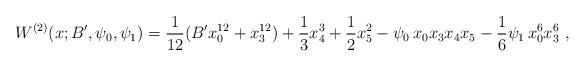
LaTeX: \begin{align*}W^{(2)}(x;B', \psi_0, \psi_1) = \frac{1}{12}(B' x_0^{12} + x_3^{12})+\frac{1}{3} x_4^3 +\frac{1}{2} x_5^2-\psi_0 \, x_0 x_3 x_4 x_5 - \frac{1}{6} \psi_1 \,x_0^6 x_3^6\ ,\end{align*}